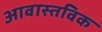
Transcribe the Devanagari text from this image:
आवास्तविक